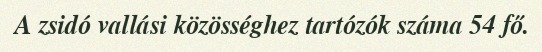
A zsidó vallási közösséghez tartózók száma 54 fő.